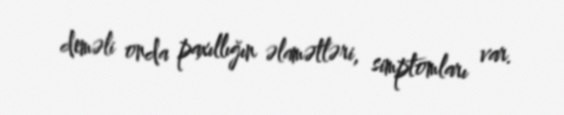
deməli onda paxıllığın əlamətləri, simptomları var.